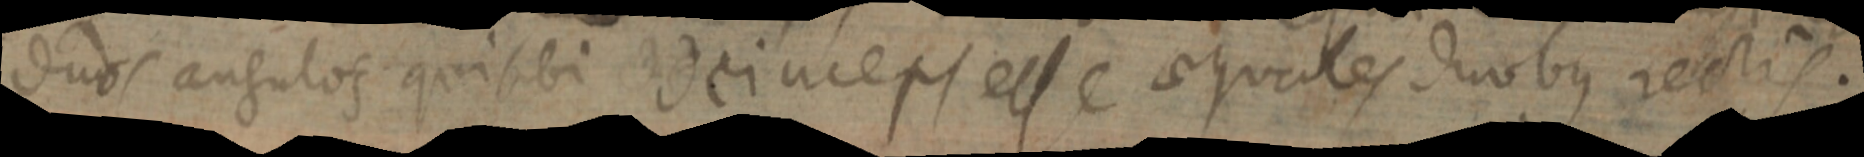
duos angulos qui sibi deinceps esse aequales duobus rectis.